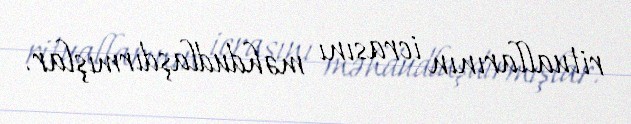
rituallarının icrasını məhdudlaşdırmışlar.